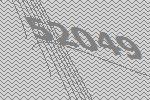
52049